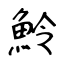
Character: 魿